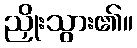
ညှိုးသွား၏။